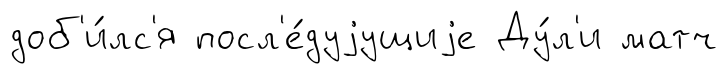
доб'и́лс'я посл'е́дуjущиjе Ду́л'и матч